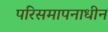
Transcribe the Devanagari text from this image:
परिसमापनाधीन